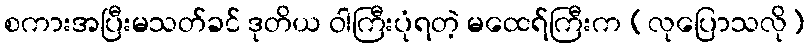
စကားအပြီးမသတ်ခင် ဒုတိယ ဝါကြီးပုံရတဲ့ မထေရ်ကြီးက (လုပြောသလို)